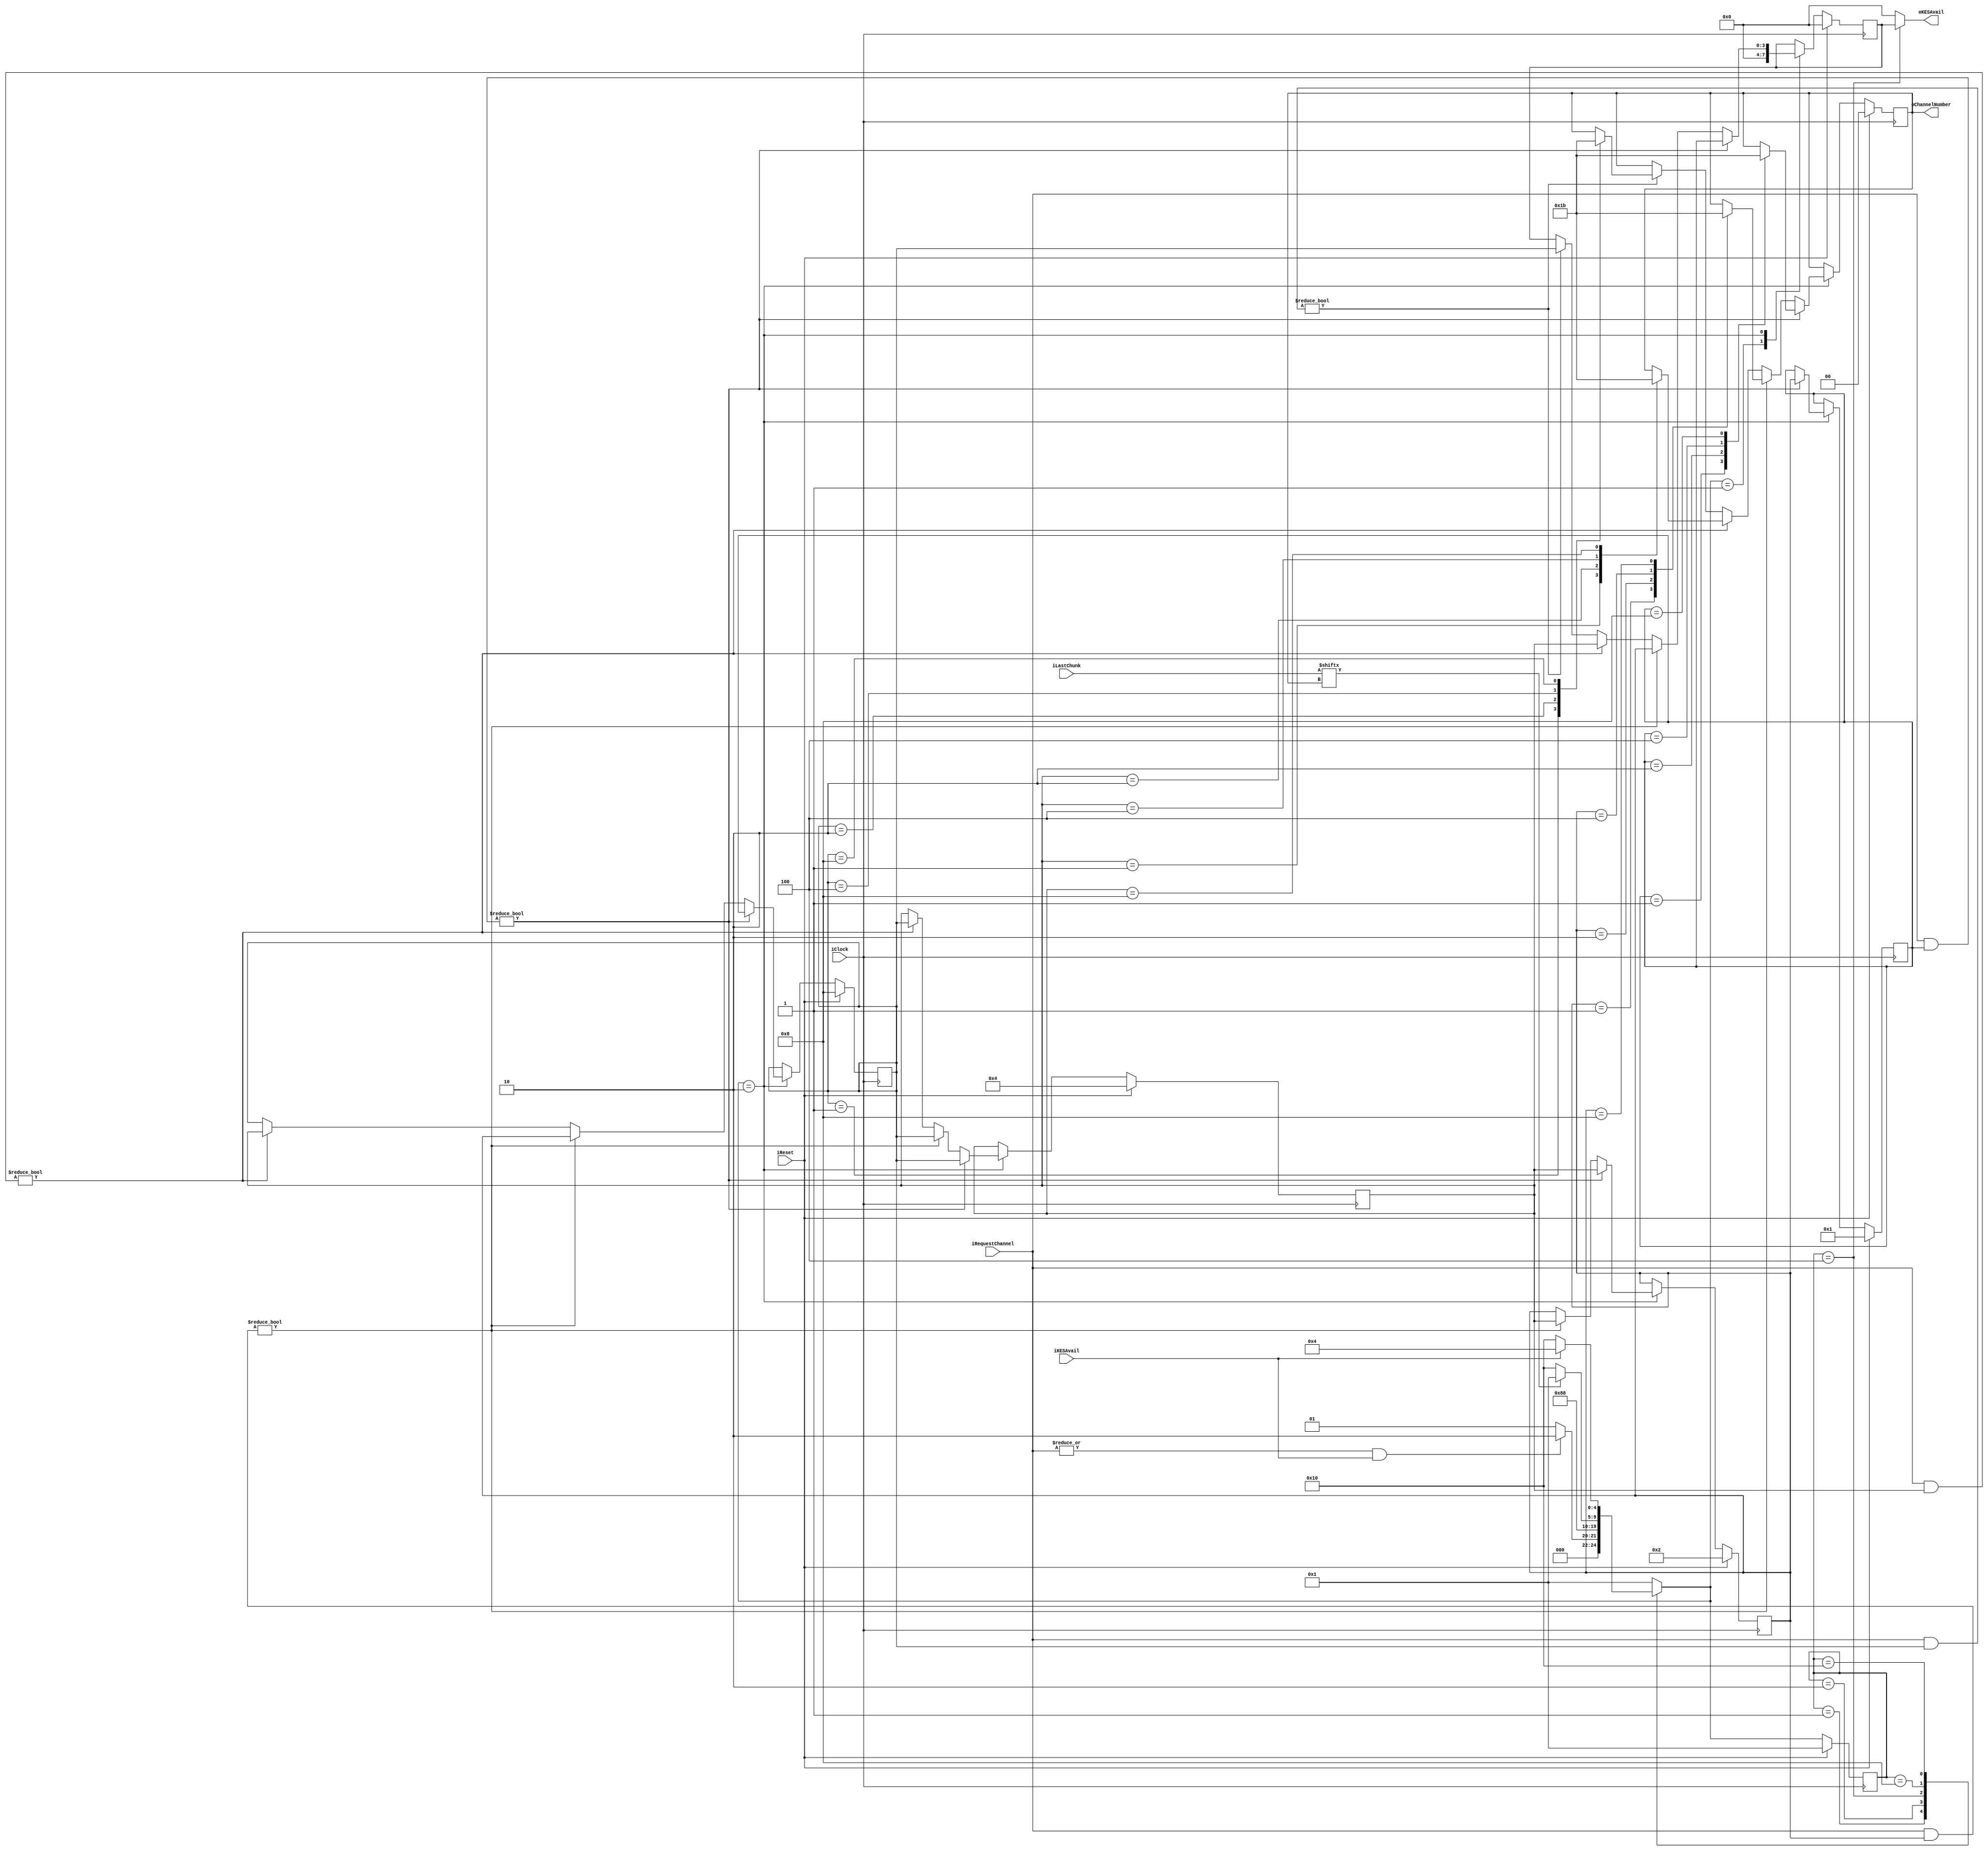
module ChannelArbiter
(
    iClock          ,
    iReset          ,
    iRequestChannel ,
    iLastChunk      ,
    oKESAvail       ,
    oChannelNumber  ,
    iKESAvail
);

    input           iClock          ;
    input           iReset          ;
    input   [3:0]   iRequestChannel ;
    input   [3:0]   iLastChunk      ;
    output  [3:0]   oKESAvail       ;
    output  [1:0]   oChannelNumber  ;
    input           iKESAvail       ;
        
    reg     [3:0]   rPriorityQ0     ;
    reg     [3:0]   rPriorityQ1     ;
    reg     [3:0]   rPriorityQ2     ;
    reg     [3:0]   rPriorityQ3     ;
    reg     [3:0]   rKESAvail       ;
    reg     [1:0]   rChannelNumber  ;
    
    localparam  State_Idle          = 5'b00001;
    localparam  State_Select        = 5'b00010;
    localparam  State_Out           = 5'b00100;
    localparam  State_Dummy         = 5'b01000;
    localparam  State_Standby       = 5'b10000;
    
    reg     [4:0]   rCurState   ;
    reg     [4:0]   rNextState  ;
    
    always @ (posedge iClock)
        if (iReset)
            rCurState <= State_Idle;
        else
            rCurState <= rNextState;
    
    always @ (*)
        case (rCurState)
        State_Idle:
            if (|iRequestChannel && iKESAvail)
                rNextState <= State_Select;
            else
                rNextState <= State_Idle;
        State_Select:
            rNextState <= State_Out;
        State_Out:
            rNextState <= State_Dummy;
        State_Dummy:
            rNextState <= (iLastChunk[rChannelNumber]) ? State_Idle : State_Standby;
        State_Standby:
            if (iKESAvail)
                rNextState <= State_Out;
            else
                rNextState <= State_Standby;
        default:
            rNextState <= State_Idle;
        endcase
        
    always @ (posedge iClock)
        if (iReset)
        begin
            rKESAvail <= 4'b0;
            rChannelNumber <= 2'b0;
        end
        else
            case (rNextState)
            State_Idle:
            begin
                rKESAvail <= 4'b0;
                rChannelNumber <= rChannelNumber;
            end
            State_Select:
            if (iRequestChannel & rPriorityQ0)
                begin
                    rKESAvail <= rPriorityQ0;
                    case (rPriorityQ0)
                    4'b0001:
                        rChannelNumber <= 2'b00;
                    4'b0010:
                        rChannelNumber <= 2'b01;
                    4'b0100:
                        rChannelNumber <= 2'b10;
                    4'b1000:
                        rChannelNumber <= 2'b11;
                    default:
                        rChannelNumber <= rChannelNumber;
                    endcase
                end
            else if (iRequestChannel & rPriorityQ1)
                begin
                    rKESAvail <= rPriorityQ1;
                    case (rPriorityQ1)
                    4'b0001:
                        rChannelNumber <= 2'b00;
                    4'b0010:
                        rChannelNumber <= 2'b01;
                    4'b0100:
                        rChannelNumber <= 2'b10;
                    4'b1000:
                        rChannelNumber <= 2'b11;
                    default:
                        rChannelNumber <= rChannelNumber;
                    endcase
                end
            else if (iRequestChannel & rPriorityQ2)
                begin
                    rKESAvail <= rPriorityQ2;
                    case (rPriorityQ2)
                    4'b0001:
                        rChannelNumber <= 2'b00;
                    4'b0010:
                        rChannelNumber <= 2'b01;
                    4'b0100:
                        rChannelNumber <= 2'b10;
                    4'b1000:
                        rChannelNumber <= 2'b11;
                    default:
                        rChannelNumber <= rChannelNumber;
                    endcase
                end
            else if (iRequestChannel & rPriorityQ3)
                begin
                    rKESAvail <= rPriorityQ3;
                    case (rPriorityQ3)
                    4'b0001:
                        rChannelNumber <= 2'b00;
                    4'b0010:
                        rChannelNumber <= 2'b01;
                    4'b0100:
                        rChannelNumber <= 2'b10;
                    4'b1000:
                        rChannelNumber <= 2'b11;
                    default:
                        rChannelNumber <= rChannelNumber;
                    endcase
                end
            default:
            begin
                rKESAvail <= rKESAvail;
                rChannelNumber <= rChannelNumber;
            end
            endcase
            
    always @ (posedge iClock)
        if (iReset)
            begin
                rPriorityQ0 <= 4'b0001;
                rPriorityQ1 <= 4'b0010;
                rPriorityQ2 <= 4'b0100;
                rPriorityQ3 <= 4'b1000;
            end
        else 
            case (rNextState)
            State_Select:
            if (iRequestChannel & rPriorityQ0)
                begin
                    rPriorityQ0 <= rPriorityQ1;
                    rPriorityQ1 <= rPriorityQ2;
                    rPriorityQ2 <= rPriorityQ3;
                    rPriorityQ3 <= rPriorityQ0;
                end
            else if (iRequestChannel & rPriorityQ1)
                begin
                    rPriorityQ1 <= rPriorityQ2;
                    rPriorityQ2 <= rPriorityQ3;
                    rPriorityQ3 <= rPriorityQ1;
                end
            else if (iRequestChannel & rPriorityQ2)
                begin
                    rPriorityQ2 <= rPriorityQ3;
                    rPriorityQ3 <= rPriorityQ2;
                end
            default:
            begin
                rPriorityQ0 <= rPriorityQ0;
                rPriorityQ1 <= rPriorityQ1;
                rPriorityQ2 <= rPriorityQ2;
                rPriorityQ3 <= rPriorityQ3;
            end
            endcase
            
    assign oKESAvail = (rCurState == State_Out) ? rKESAvail : 4'b0;
    assign oChannelNumber = rChannelNumber;
endmodule